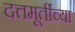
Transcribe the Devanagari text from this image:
दत्तमूर्तीच्या